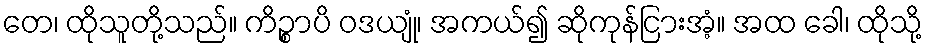
တေ၊ ထိုသူတို့သည်။ ကိဉ္စာပိ ဝဒယျုံ၊ အကယ်၍ ဆိုကုန်ငြားအံ့။ အထ ခေါ၊ ထိုသို့